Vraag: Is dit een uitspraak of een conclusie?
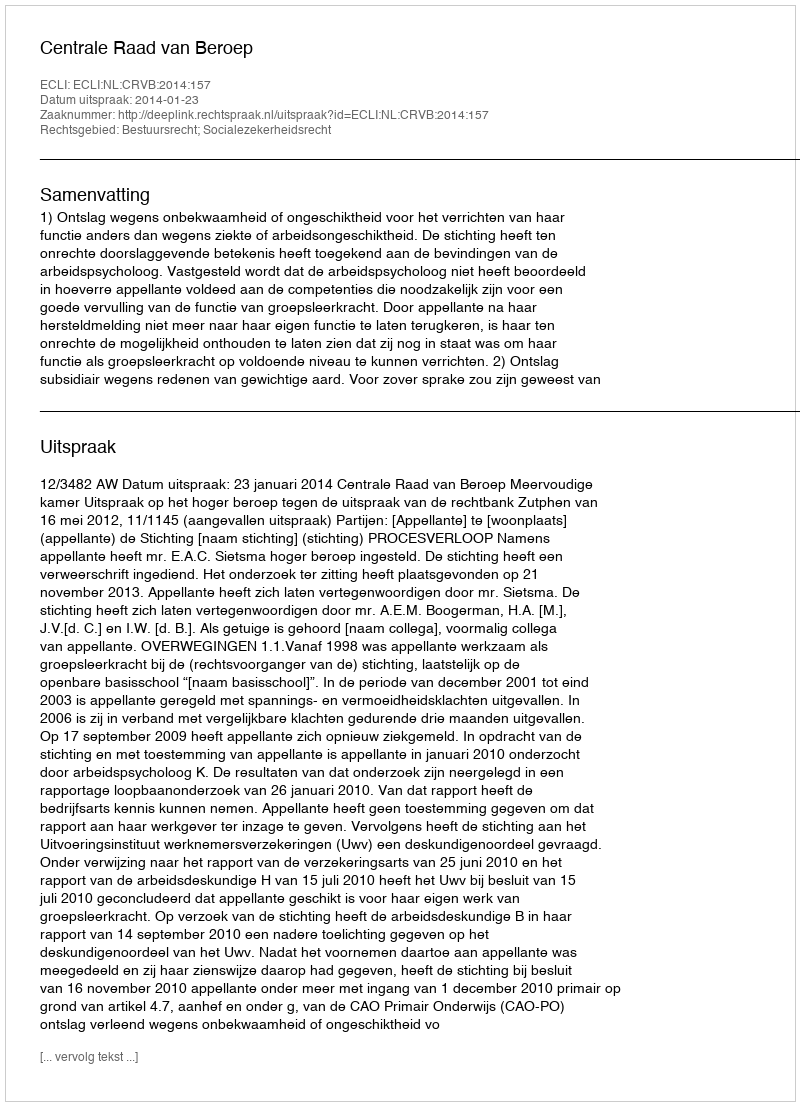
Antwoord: Uitspraak